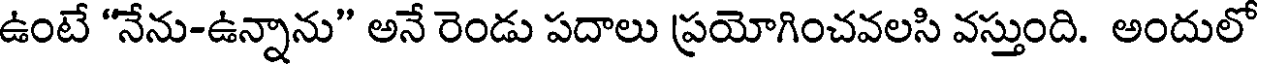
ఉంటే "నేను-ఉన్నాను" అనే రెండు పదాలు ప్రయోగించవలసి వస్తుంది. అందులో